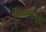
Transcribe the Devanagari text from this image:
शिनावताने